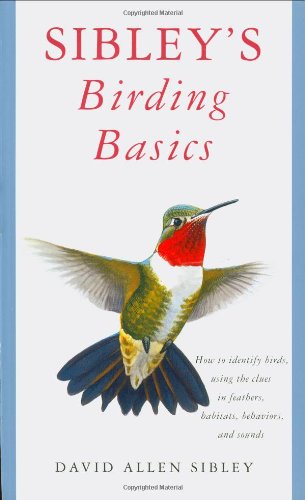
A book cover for Sibley's Birding Basics; David Allen Sibley; Science & Math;